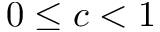
0 \le c < 1